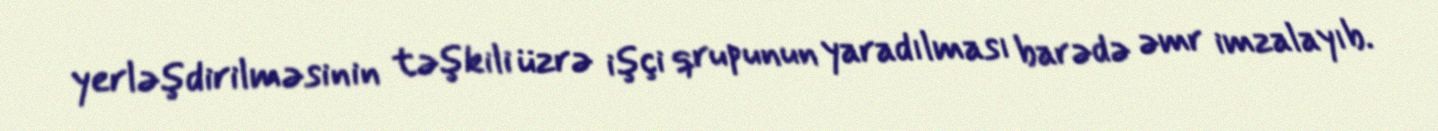
yerləşdirilməsinin təşkili üzrə işçi qrupunun yaradılması barədə əmr imzalayıb.